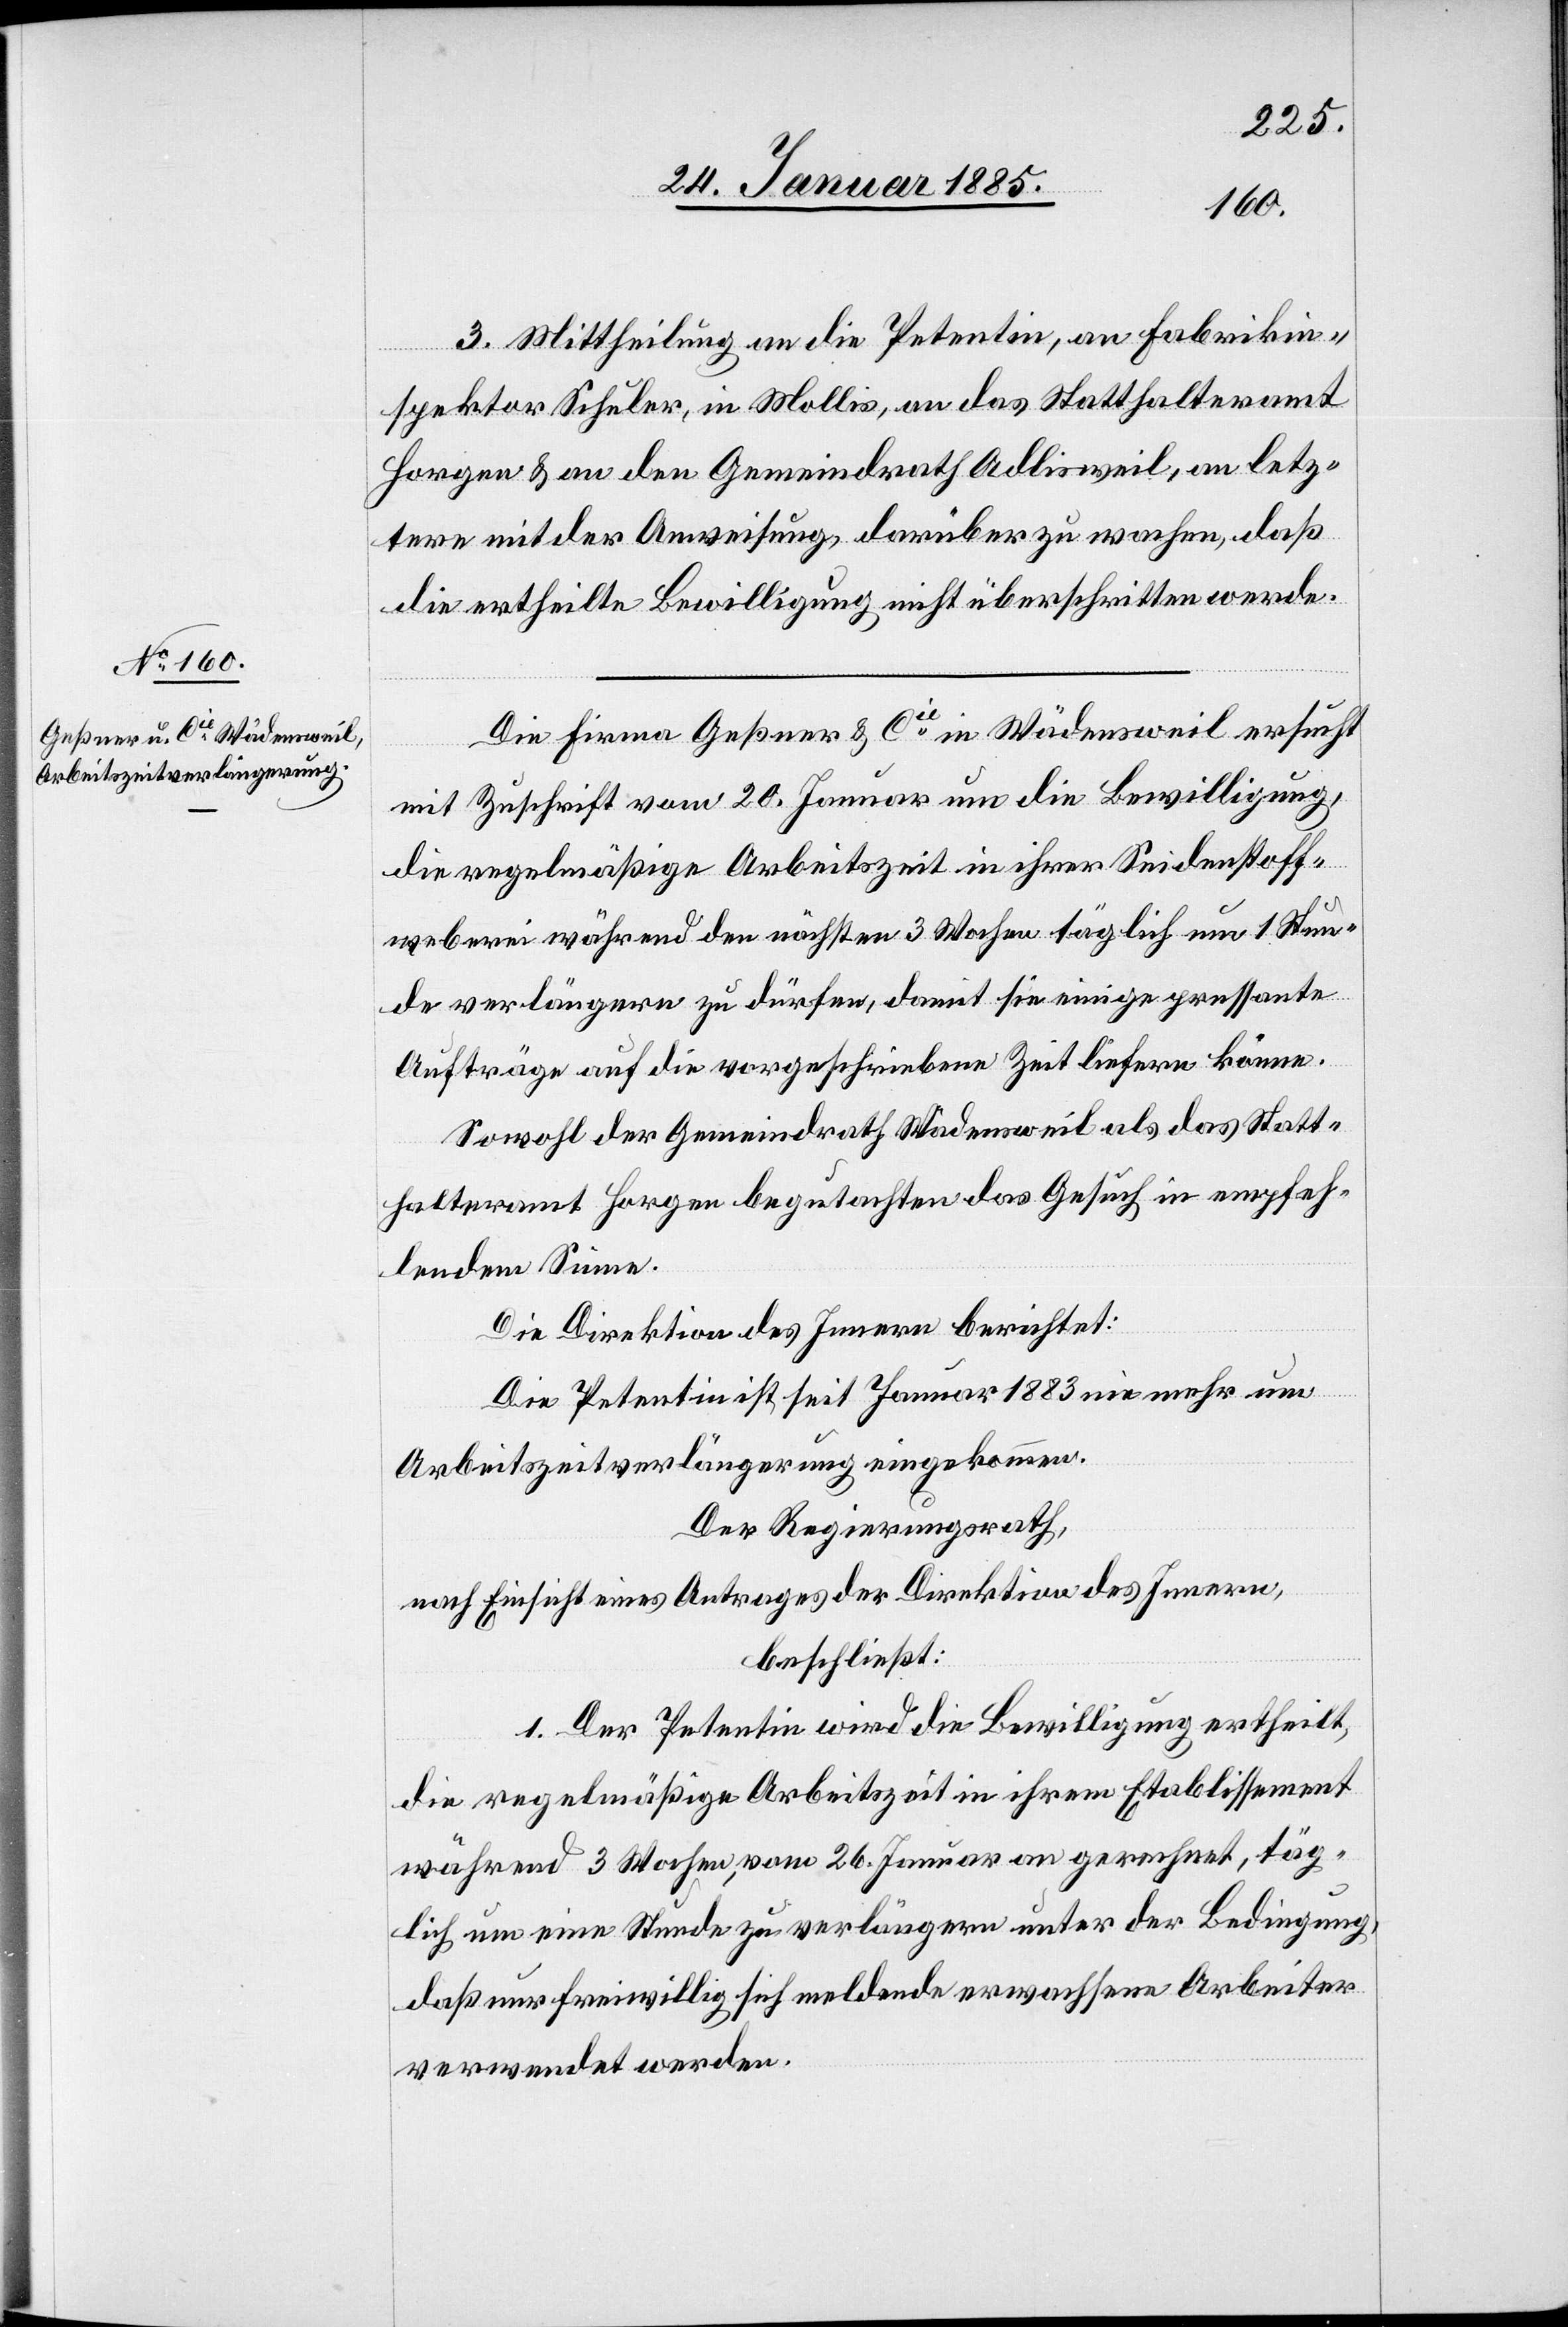
3. Mittheilung an die Petentin, an Fabrikin¬
spektor Schuler, in Mollis, an das Statthalteramt
Horgen & an den Gemeindrath Adlisweil, an letz¬
tere mit der Anweisung darüber zu wachen, daß
die ertheilte Bewilligung nicht überschritten werde.
Die Firma Geßner & Cie in Wädensweil ersucht
mit Zuschrift vom 20. Januar um die Bewilligung,
die regelmäßige Arbeitszeit in ihrer Seidenstoff¬
weberei während den nächsten 3 Wochen täglich um 1 Stun¬
de verlängern zu dürfen, damit sie einige pressante
Aufträge auf die vorgeschriebene Zeit liefern könne.
Sowohl der Gemeindrath Wädensweil als das Statt¬
halteramt Horgen begutachten das Gesuch in empfeh¬
lendem Sinne.
Die Direktion des Innern berichtet:
Die Petentin ist seit Januar 1883 nie mehr um
Arbeitszeitverlängerung eingekommen.
Der Regierungsrath,
nach Einsicht eines Antrages der Direktion des Innern,
beschließt:
1. Der Petentin wird die Bewilligung ertheilt,
die regelmäßige Arbeitszeit in ihrem Etablissement
während 3 Wochen, vom 26 Januar an gerechnet, täg¬
lich um eine Stunde zu verlängern unter der Bedingung,
daß nur freiwillig sich meldende erwachsene Arbeiter
verwendet werden.